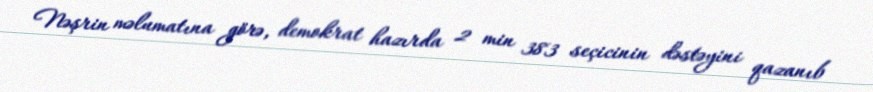
Nəşrin məlumatına görə, demokrat hazırda 2 min 383 seçicinin dəstəyini qazanıb